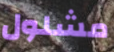
مشلول